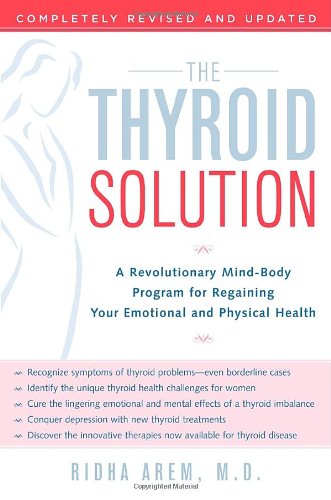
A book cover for The Thyroid Solution: A Revolutionary Mind-Body Program for Regaining Your Emotional and Physical Health; Ridha Arem; Health, Fitness & Dieting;